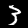
Label: 3